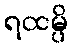
ရထမ္ပိ